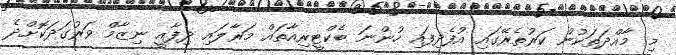
މި މާއްދަތަަކުން ކަރުތެރޭގައި އުފެދިފައި ހުންނަ ބެކްޓީރިއާތައް މަަރާލައި ދިފާއީ ނިޒާމް ވަރުގަދަކޮށްދެ